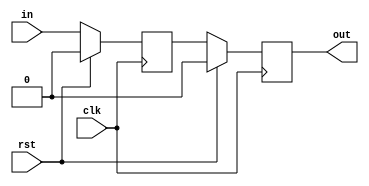
//
// Copyright 2014 Ettus Research LLC
//

module synchronizer_impl #(
   parameter WIDTH       = 1,
   parameter STAGES      = 2,
   parameter INITIAL_VAL = 0
)(
   input              clk,
   input              rst,
   input  [WIDTH-1:0] in,
   output [WIDTH-1:0] out
);

   (* ASYNC_REG = "TRUE" *) reg [WIDTH-1:0] value[0:STAGES-1];

   integer k;
   initial begin
     for (k = 0; k < STAGES; k = k + 1) begin
       value[k] = INITIAL_VAL;
     end
   end

   genvar i;
   generate
      for (i=0; i<STAGES; i=i+1) begin: stages
         always @(posedge clk) begin
            if (rst) begin
               value[i] <= INITIAL_VAL;
            end else begin
               if (i == 0) begin
                 value[i] <= in;
               end else begin
                 value[i] <= value[i-1];
               end
            end
         end
      end
   endgenerate

   assign out = value[STAGES-1];

endmodule   //synchronizer_impl